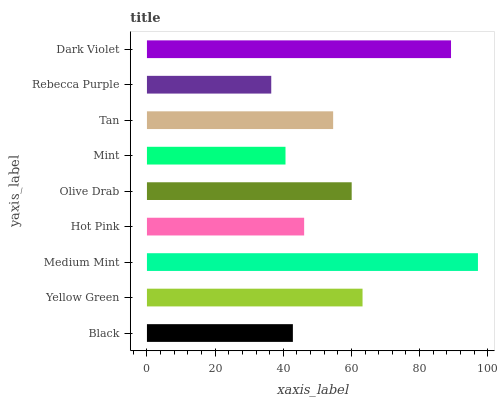
| yaxis_label | bars |
 | --- | --- |
 | Black | 42.8 |
 | Yellow Green | 63.3 |
 | Medium Mint | 97.1 |
 | Hot Pink | 46.1 |
 | Olive Drab | 60.1 |
 | Mint | 40.7 |
 | Tan | 54.6 |
 | Rebecca Purple | 36.5 |
 | Dark Violet | 89.2 |